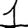
Digit: 1